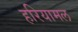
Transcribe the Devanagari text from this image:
हरियामल